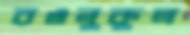
রওনুকুল